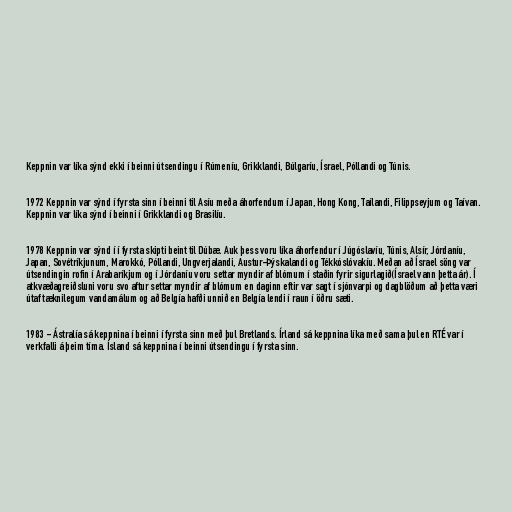
Keppnin var líka sýnd ekki í beinni útsendingu í Rúmeníu, Grikklandi, Búlgaríu, Ísrael, Póllandi og Túnis.

1972 Keppnin var sýnd í fyrsta sinn í beinni til Asíu meða áhorfendum í Japan, Hong Kong, Taílandi, Filippseyjum og Taívan.
Keppnin var líka sýnd í beinni í Grikklandi og Brasilíu.

1978 Keppnin var sýnd í í fyrsta skipti beint til Dúbæ. Auk þess voru líka áhorfendur í Júgóslavíu, Túnis, Alsír, Jórdaníu,
Japan, Sovétríkjunum, Marokkó, Póllandi, Ungverjalandi, Austur-Þýskalandi og Tékkóslóvakíu. Meðan að Ísrael söng var
útsendingin rofin í Arabaríkjum og í Jórdaníu voru settar myndir af blómum í staðin fyrir sigurlagið(Ísrael vann þetta ár). Í
atkvæðagreiðsluni voru svo aftur settar myndir af blómum en daginn eftir var sagt í sjónvarpi og dagblöðum að þetta væri
útaf tæknilegum vandamálum og að Belgía hafði unnið en Belgía lendi í raun í öðru sæti.

1983 - Ástralía sá keppnina í beinni í fyrsta sinn með þul Bretlands. Írland sá keppnina líka með sama þul en RTÉ var í
verkfalli á þeim tíma. Ísland sá keppnina í beinni útsendingu í fyrsta sinn.